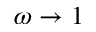
\omega \rightarrow 1